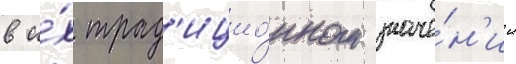
в и́х трад'ицио́нном значе́н'ии